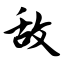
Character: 敌